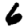
Digit: 6